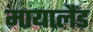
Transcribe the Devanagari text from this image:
मायालैंड